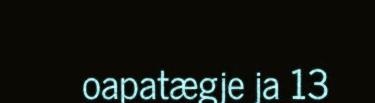
oapatægje ja 13